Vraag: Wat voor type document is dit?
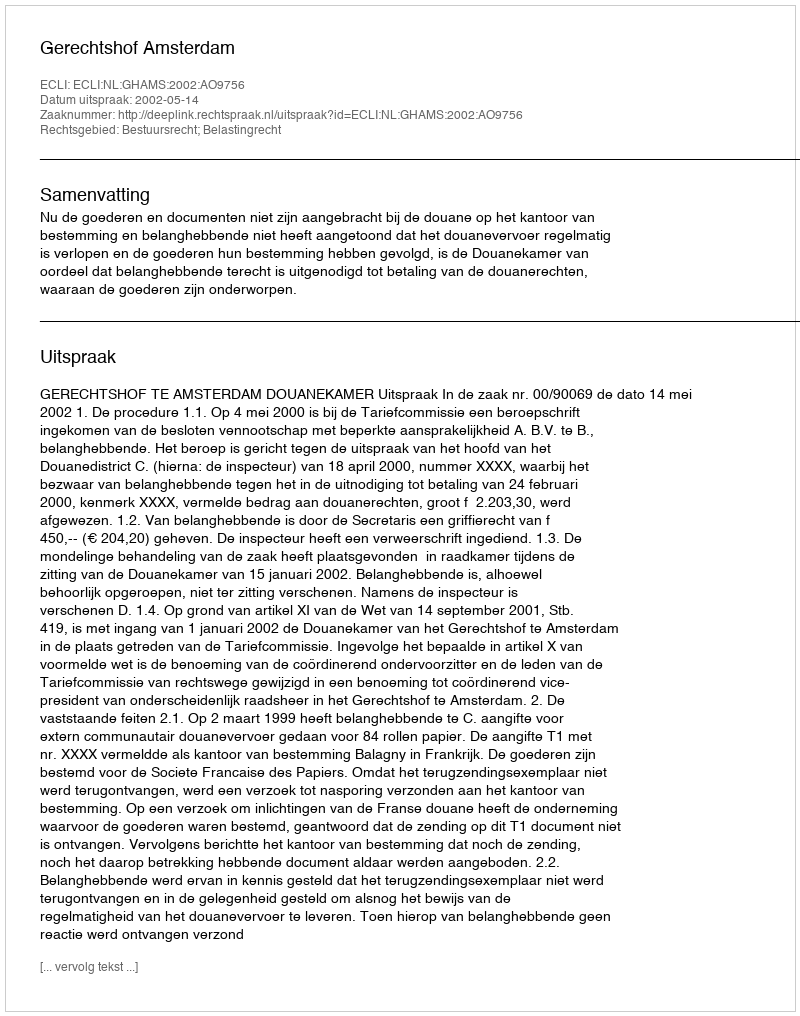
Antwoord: Uitspraak